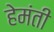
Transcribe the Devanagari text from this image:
हेमंती